Indian journal of veterinary science and animal husbandry - Volume 13,
Year: 1943
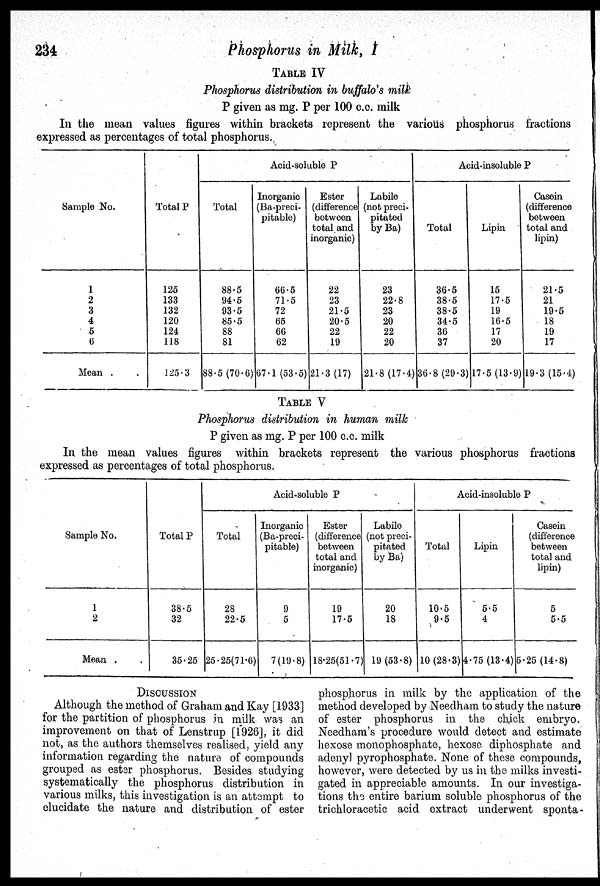
234
Phosphorus in Milk, I
TABLE IV
Phosphorus distribution in buffalo's milk
P given as mg. P per 100 c.c. milk
In the mean values figures within brackets represent the various phosphorus fractions
expressed as percentages of total phosphorus.
Sample No.
1
2
3
4
5
6
Mean . .
Total P
125
133
132
120
124
118
125.3
Acid-soluble P
Total
88.5
94.5
93.5
85.5
88
81
88.5 (70.6)
Inorganic
(Ba-preci-
pitable)
66.5
71.5
72
65
66
62
67.1 (53.5)
Ester
(difference
between
total and
inorganic)
22
23
21.5
20.5
22
19
21.3 (17)
Labile
(not preci-
pitated
by Ba)
23
22.8
23
20
22
20
21.8 (17.4)
Acid-insoluble P
Total
36.5
38.5
38.5
34.5
36
37
36.8 (29.3)
Lipin
15
17.5
19
16.5
17
20
17.5 (13.9)
Casein
(difference
between
total and
lipin)
21.5
21
19.5
18
19
17
19.3 (15.4)
TABLE V
Phosphorus distribution in human milk
P given as mg. P per 100 c.c. milk
In the mean values figures within brackets represent the various phosphorus fractions
expressed as percentages of total phosphorus.
Sample No.
1
2
Mean . .
Total P
38.5
32
35.25
Acid-soluble P
Total
28
22.5
25.25(71.6)
Inorganic
(Ba-preci-
pitable)
9
5
7(19.8)
Ester
(difference
between
total and
inorganic)
19
17.5
18.25(51.7)
Labile
(not preci-
pitated
by Ba)
20
18
19 (53.8)
Acid-insoluble P
Total
10.5
9.5
10 (28.3)
Lipin
5.5
4
4.75 (13.4)
Casein
(difference
between
total and
lipin)
5
5.5
5.25 (14.8)
DISCUSSION
Although the method of Graham and Kay [1933]
for the partition of phosphorus in milk was an
improvement on that of Lenstrup [1926], it did
not, as the authors themselves realised, yield any
information regarding the nature of compounds
grouped as ester phosphorus. Besides studying
systematically the phosphorus distribution in
various milks, this investigation is an attempt to
elucidate the nature and distribution of ester
phosphorus in milk by the application of the
method developed by Needham to study the nature
of ester phosphorus in the chick embryo.
Needham's procedure would detect and estimate
hexose monophosphate, hexose diphosphate and
adenyl pyrophosphate. None of these compounds,
however, were detected by us in the milks investi-
gated in appreciable amounts. In our investiga-
tions the entire barium soluble phosphorus of the
trichloracetic acid extract underwent sponta-